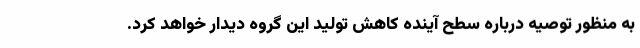
به منظور توصیه درباره سطح آینده کاهش تولید این گروه دیدار خواهد کرد.